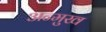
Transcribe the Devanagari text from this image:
अन्मुख